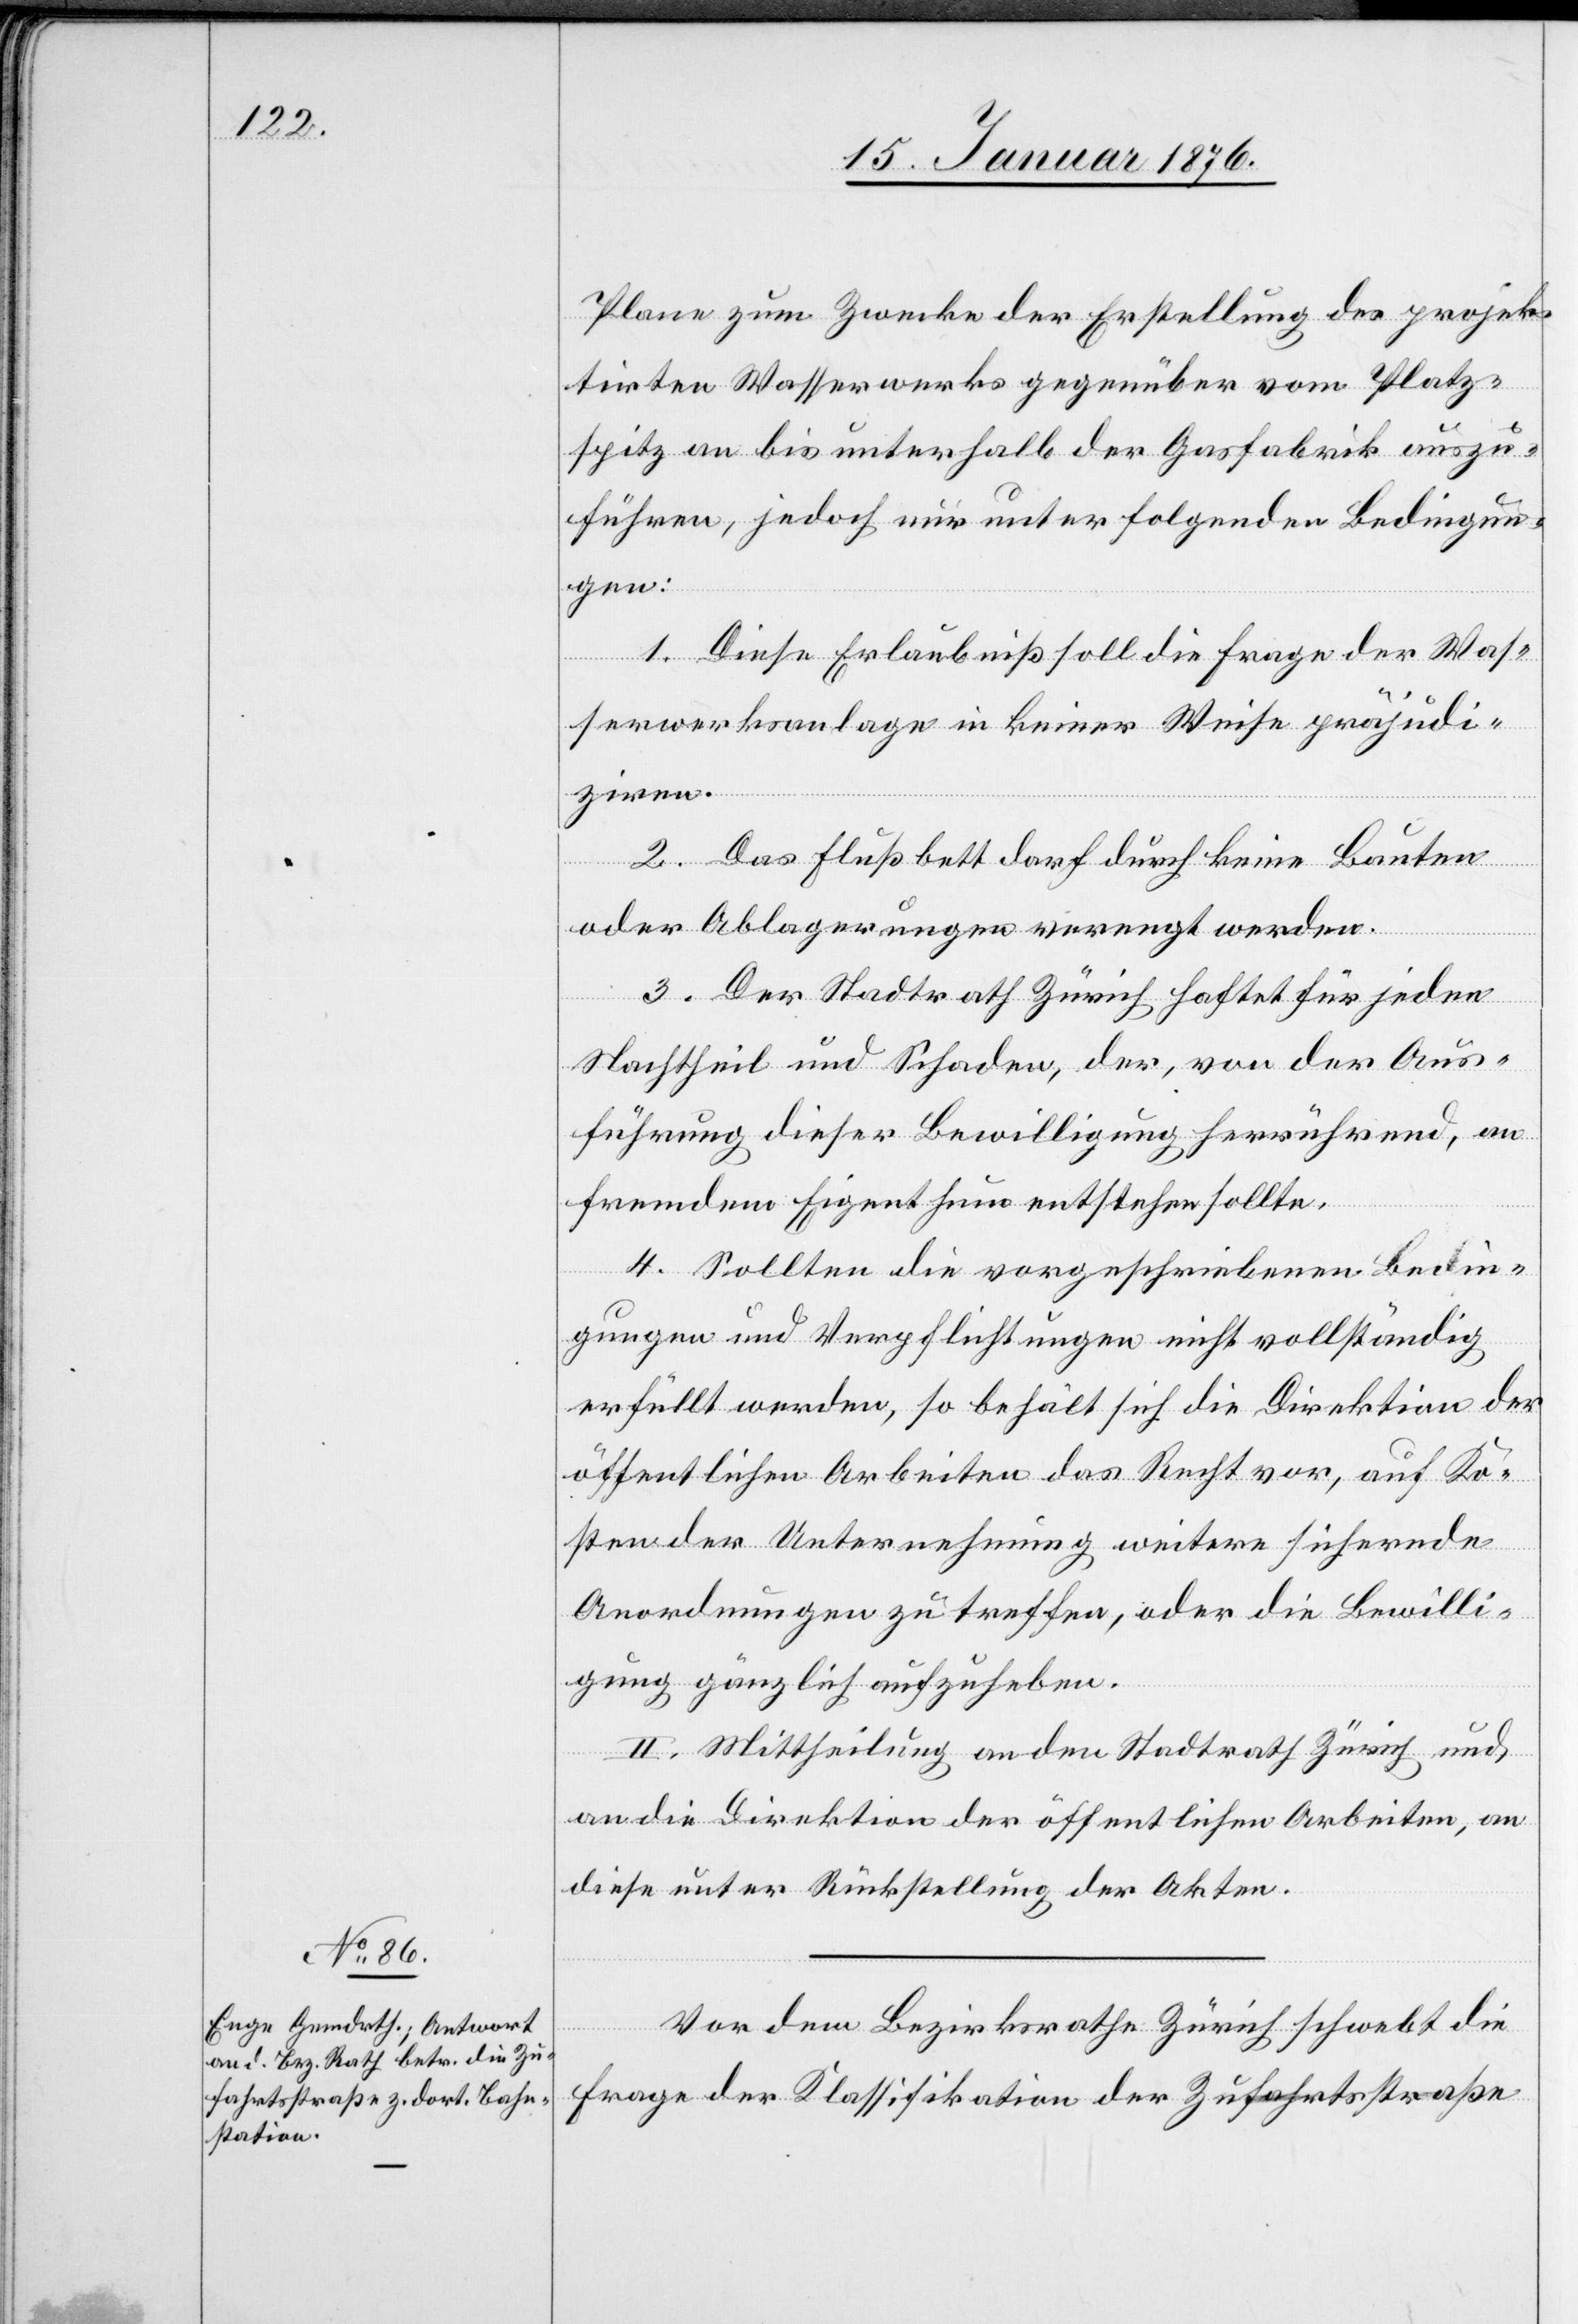
Plan zum Zwecke der Erstellung des projek¬
tirten Wasserwerks gegenüber vom Platz¬
spitz an bis unterhalb der Gasfabrik auszu¬
führen, jedoch nur unter folgenden Bedingun¬
gen:
1. Diese Erlaubniß soll die Frage der Was¬
serwerksanlage in keiner Weise präjudi¬
ziren.
2. Das Flußbett darf durch keine Bauten
oder Ablagerungen verengt werden.
3. Der Stadtrath Zürich haftet für jeden
Nachtheil und Schaden, der, von der Aus¬
führung dieser Bewilligung herrührend, an
fremdem Eigenthum entstehen sollte.
4. Sollten die vorgeschriebenen Bedin¬
gungen und Verpflichtungen nicht vollständig
erfüllt werden, so behält sich die Direktion der
öffentlichen Arbeiten das Recht vor, auf Ko¬
sten der Unternehmung weitere sichernde
Anordnungen zu treffen, oder die Bewilli¬
gung gänzlich aufzuheben.
II. Mittheilung an den Stadtrath Zürich und
an die Direktion der öffentlichen Arbeiten, an
diese unter Rückstellung der Akten.
Vor dem Bezirksrath Zürich schwebt die
Frage der Klassifikation der Zufahrtsstraße